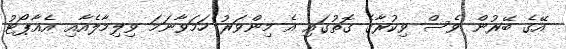
އޭގެ ބޭރުން ވެސް ވިކުރާގެ ގޮތުގައި އެ މިންވަރު ހަމަވާނަމަ ވިލިމާލެއާއި އެއާޕޯޓު